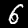
Label: 6